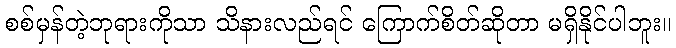
စစ်မှန်တဲ့ဘုရားကိုသာ သိနားလည်ရင် ကြောက်စိတ်ဆိုတာ မရှိနိုင်ပါဘူး။